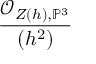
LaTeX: \frac { { \mathcal { O } } _ { Z ( h ) , \mathbb { P } ^ { 3 } } } { ( h ^ { 2 } ) }